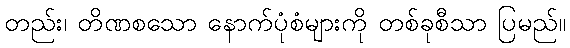
တည်း၊ တိဏစသော နောက်ပုံစံများကို တစ်ခုစီသာ ပြမည်။